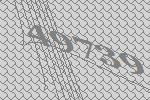
49739